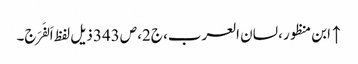
↑ ابن منظور، لسان العرب، ج2، ص343 ذیل لفظ اَلفَرَج۔